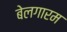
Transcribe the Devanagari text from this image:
बेलगारम